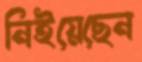
নিইয়েছেন